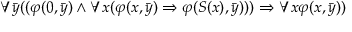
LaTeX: \forall { \bar { y } } ( ( \varphi ( 0 , { \bar { y } } ) \land \forall x ( \varphi ( x , { \bar { y } } ) \Rightarrow \varphi ( S ( x ) , { \bar { y } } ) ) ) \Rightarrow \forall x \varphi ( x , { \bar { y } } ) )